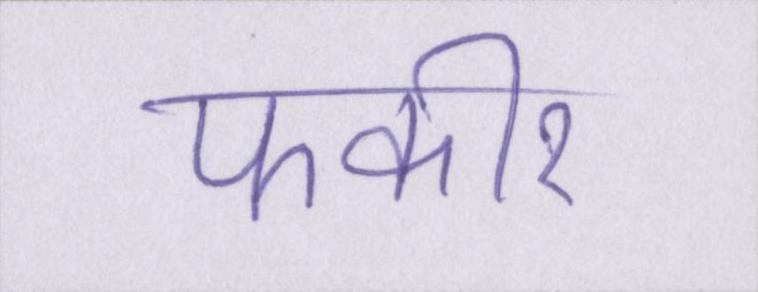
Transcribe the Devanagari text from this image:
फकीर